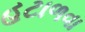
હટાળવા